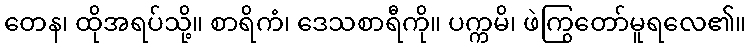
တေန၊ ထိုအရပ်သို့။ စာရိကံ၊ ဒေသစာရီကို။ ပက္ကမိ၊ ဖဲကြွတော်မူရလေ၏။